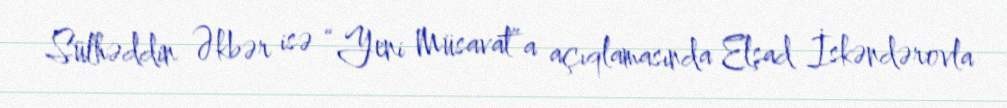
Sülhəddin Əkbər isə “Yeni Müsavat”a açıqlamasında Elşad İskəndərovla